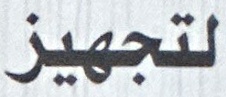
لتجهيز